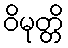
ဝိမုတ္တိ